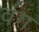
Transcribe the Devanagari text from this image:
र्वग